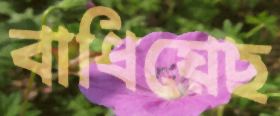
বাধিয়েছ